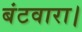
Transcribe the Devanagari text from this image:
बंटवारा।